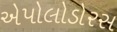
એપોલોડોરસ